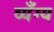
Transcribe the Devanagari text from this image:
व्यँग्य